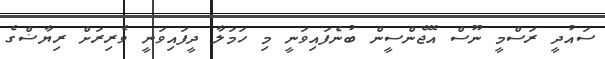
ސައުދީ ރަސްމީ ނޫސް އޭޖެންސީން ބުނެފައިވަނީ މި ހަމަލާ ދީފައިވަނީ ވެރިރަށް ރިޔާޟްގެ